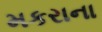
મકરાના